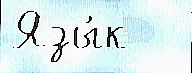
Язы́к